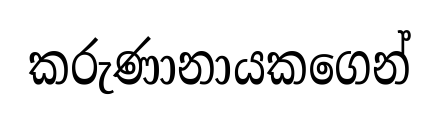
කරුණානායකගෙන්